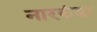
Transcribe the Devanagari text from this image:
नारकंडा